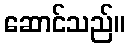
ဆောင်သည်။